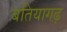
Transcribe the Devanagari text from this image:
बतियागढ़